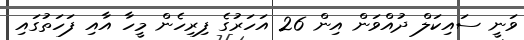
ވަނީ ސައިކަލް ދުއްވަން އިން 26 އަހަރުގެ ފިރިހެން މީހާ އާއި ފަހަތުގައި